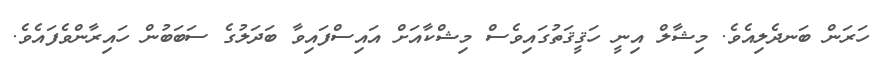
ހަރަން ބަނދެލިއެވެ. މިޝާލް އިނީ ހަޤީޤަތުގައިވެސް މިޝްކާއަށް އައިސްފައިވާ ބަދަލުގެ ސަބަބުން ހައިރާންވެފައެވެ.